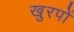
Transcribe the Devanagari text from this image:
खुरपों